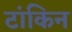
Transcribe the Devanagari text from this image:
टांकिन